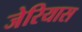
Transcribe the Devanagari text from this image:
जेरियास